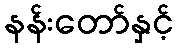
နန်းတော်နှင့်